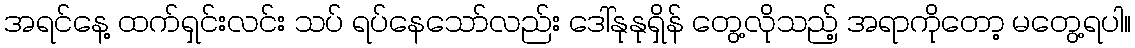
အရင်နေ့ ထက်ရှင်းလင်း သပ် ရပ်နေသော်လည်း ဒေါ်နုနုရှိန် တွေ့လိုသည့် အရာကိုတော့ မတွေ့ရပါ။